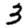
Digit: 3